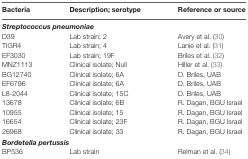
<table><thead><tr><td><b>Bacteria</b></td><td><b>Description; serotype</b></td><td><b>Reference or source</b></td></tr></thead><tbody><tr><td colspan="3"><b><i>Streptococcus pneumoniae</i></b></td></tr><tr><td>D39</td><td>Lab strain; 2</td><td>Avery et al. (30)</td></tr><tr><td>TIGR4</td><td>Lab strain; 4</td><td>Lanie et al. (31)</td></tr><tr><td>EF3030</td><td>Lab strain; 19F</td><td>Briles et al. (32)</td></tr><tr><td>MNZ1113</td><td>Clinical isolate; Null</td><td>Hiller et al. (33)</td></tr><tr><td>BG12740</td><td>Clinical isolate; 6A</td><td>D. Briles, UAB</td></tr><tr><td>EF6796</td><td>Clinical isolate; 6A</td><td>D. Briles, UAB</td></tr><tr><td>L8-2044</td><td>Clinical isolate; 15C</td><td>D. Briles, UAB</td></tr><tr><td>13678</td><td>Clinical isolate; 6B</td><td>R. Dagan, BGU Israel</td></tr><tr><td>10955</td><td>Clinical isolate; 15</td><td>R. Dagan, BGU Israel</td></tr><tr><td>16654</td><td>Clinical isolate; 23F</td><td>R. Dagan, BGU Israel</td></tr><tr><td>26968</td><td>Clinical isolate; 33</td><td>R. Dagan, BGU Israel</td></tr><tr><td colspan="3"><b><i>Bordetella pertussis</i></b></td></tr><tr><td>BP536</td><td>Lab strain</td><td>Relman et al. (34)</td></tr></tbody></table>